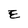
Character: E